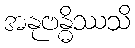
အနုဗန္ဓိဿသိ